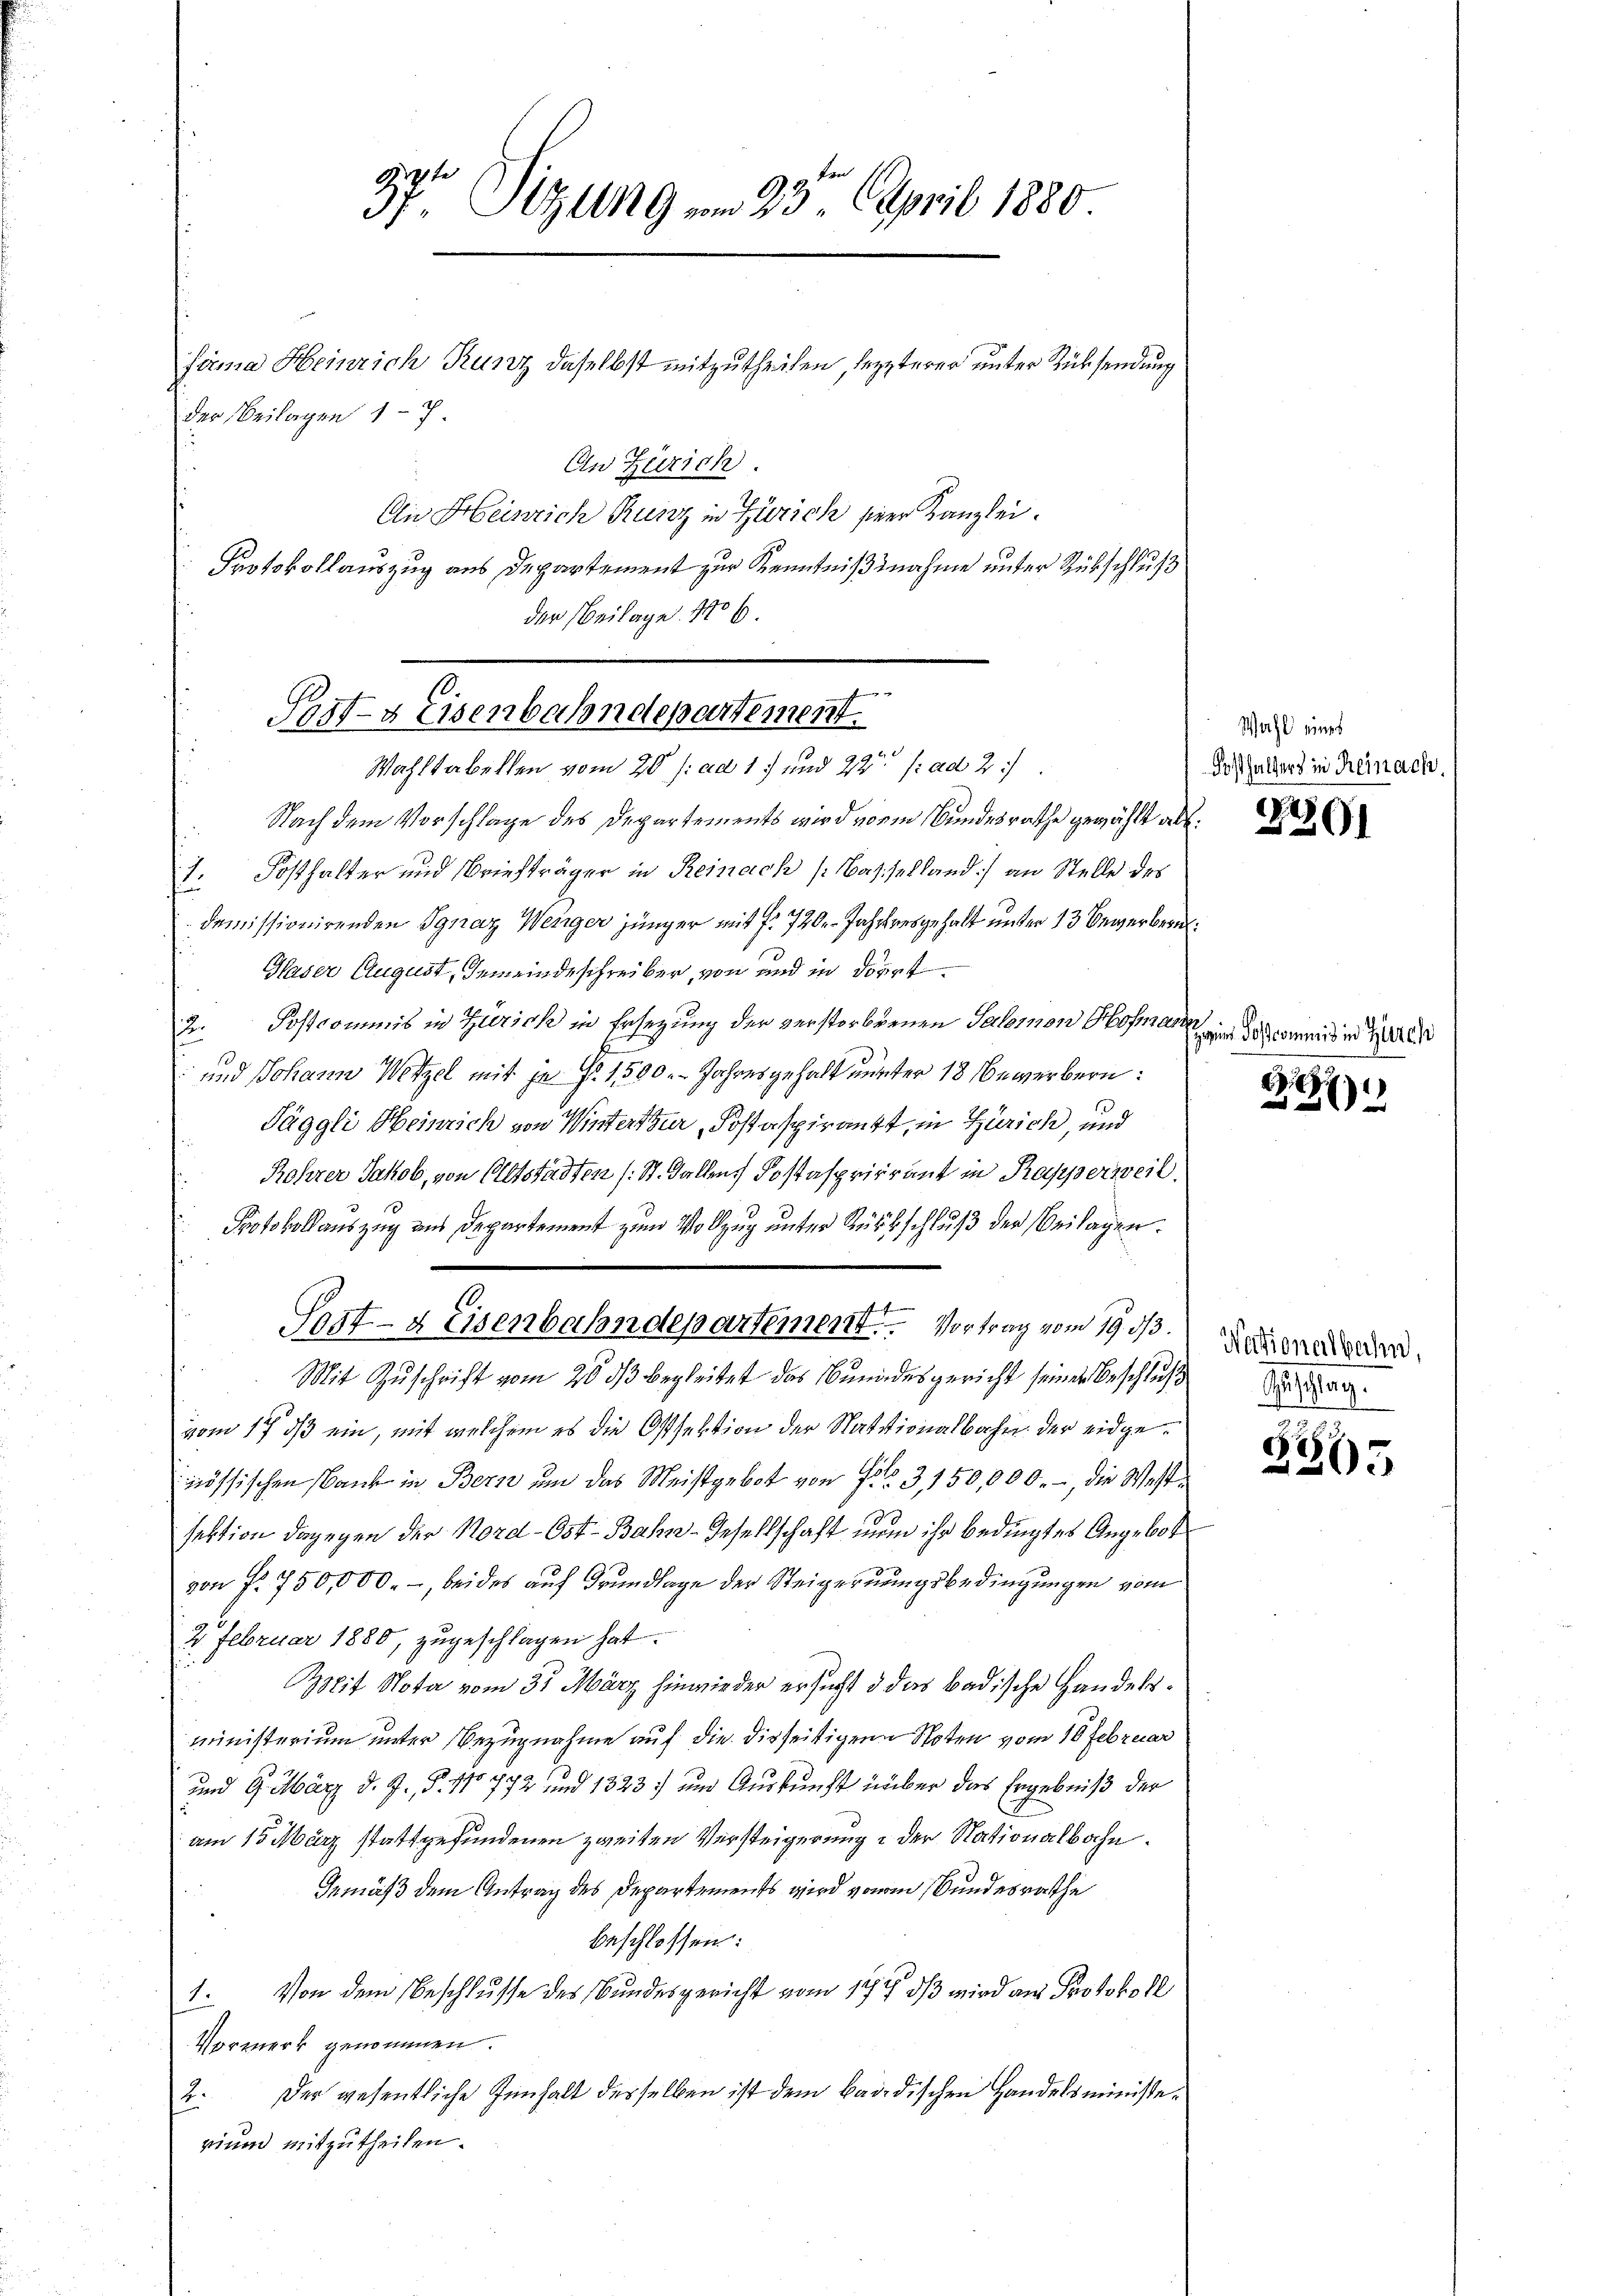
37. Sitzung am 23. April 1880.

firma Heinrich Runz daselbst mitzutheilen, lezterer unter Rücksendung
der Beilagen 17
An Zürich.
An Heinrich Rusz in Zürich sieer Kanzlei.
Protokollauszug aus Departement zur Kenntnißnahme unter Rükschluß
der Beilage. No 6

Post- & Eisenbahndepartement.
Wahltabellen vom 20 f: ad 1. und 22t /: ad 2.

Sert- & Eisenbahndepartement. Vortrag vom 19. 33.

Nach dem Vorschlage des Departements wird vonm Bundesrathe gewählt als
1. Posthalter und Briefträger in Reinach Basiselland) an Stelle des
demissionirenden Ignaz Weniger jünger mit f. 720. Jahresgehalt unter 13 Bewerberuh
Glaser August, Gemeindeschreiber, von und in dort
2. Postcommis in Zürich in Ersetzung der verstorbenen Salomon Hofmann
und Johann Wetzel mit je Fr. 1500. Jahresgehalt unter 18 Bewerbern:
Jäggli Heinrich von Winterthur, Postaspirant, in Zürich und
Rohrer Jakob, von Altstädten (St. Gallenz Postasprirrant in Kapperweil,
Protokollauszug aus Departement zum Vollzug unter Rückschluß der Beilagen.
Mit Zuschrift vom 20 ds begleitet das Bundesgericht seiner Beschluß
vom 17. ds ein, mit welchem es die Ostsektion der Nationalbahn der eidgemössischen Bank in Bern um das Meistgebot von No. 3150,000.-, die Westsektion dagegen der Nord-Ost-Bahn-Gesellschaft nun ihr bedingtes Angebot
von f. 750,000.-, bei des auf Grundlage der Steigernungsbedingungen vom
2. Februar 1880, zugeschlagen hat.
Mit Nota vom 31. März hinwieder ersucht & das Badische Handelsministerium unter Bezugnahme auf die disseitigen Noten vom 10 Februar
und 9. März d. J. P. No 772 und 1323) und Auskunft über das Ergebniß der
am 15. März stattgefundenen zweiten Versteigerung der Nationalbahn.
Gemäß dem Antrag des Departements wird vonm Bundesrathe
beschlossen:
1. Von dem Beschlusse des Bundesgericht vom 17. dβ wird am Protokoll
Vormerk genommen.
2. Der gesentliche Innhalt desselben ist dem Badedischen Handelsministerium mitzutheilen.

Wahl eines
Posthalters in Reinach.

25
201

Zeine Postcommis in Zürch

.
27

Nationalbahn,
Geschlag.

685.
203